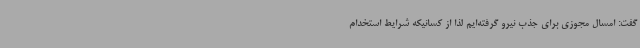
گفت: امسال مجوزی برای جذب نیرو گرفته‌ایم لذا از کسانیکه شرایط استخدام